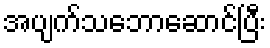
အပျက်သဘောဆောင်ပြီး